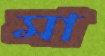
মা